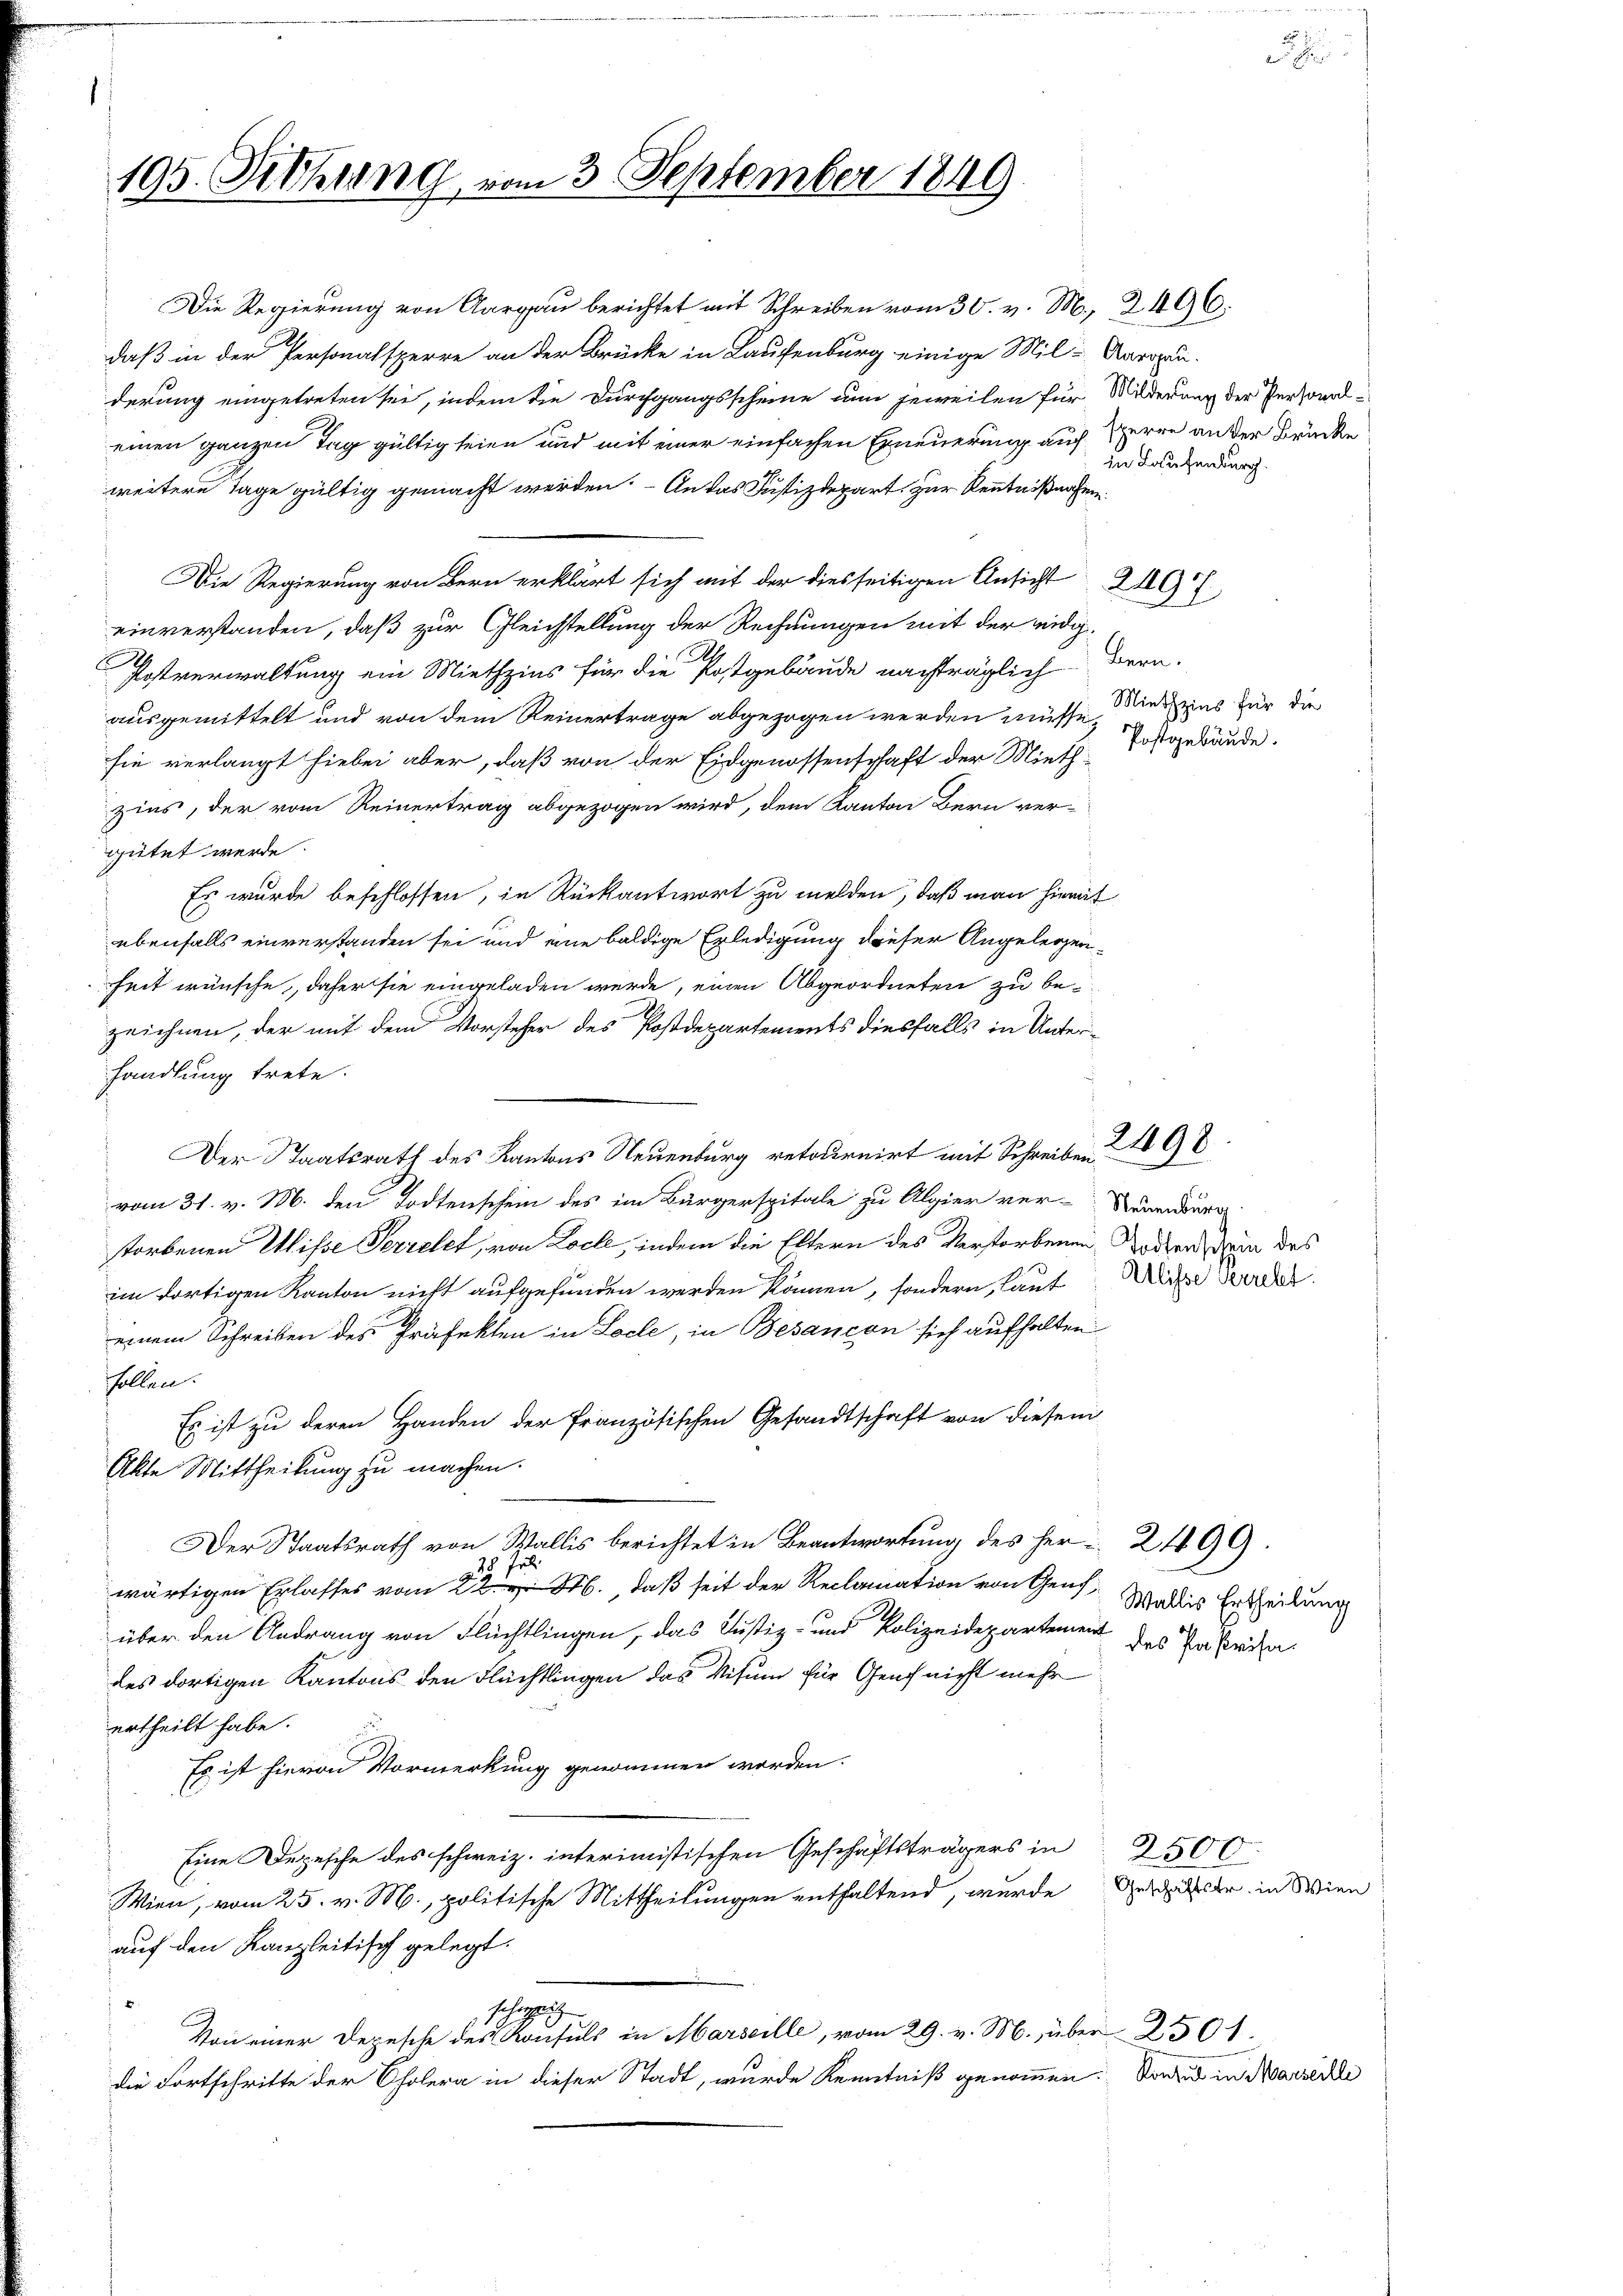
195. Sitzung vom 3. September 1849

daß in der Personalsperre an der Brücke in Laufenburg einige Mil-Aaroli-
derung eingetreten sei, indem die Durchgangsscheine nun jeweilen für Milderung der Personaleinen ganzen Tag gültig seien und mit einer einfachen Erneuerung auf Herre an der Brücke
weitere Tage gültig gemacht werden. - An das Justizdepart, zur Kenntnißnahen
Die Regierung von Bern erklärt sich mit der diesseitigen Ansicht 219 f.
einverstanden, daß zur Gleichstellung der Rechnungen mit der eidgg¬
.
Postverwaltung ein Miethzins für die Postgebäude nachträglich Bern.
ausgemittelt und von dem Reinertrage abgezogen werden müsse, diesens für die
sie verlangt hiebei aber, daß von der Eidgenossenschaft der Mieth-Postgebäude.
zins, der vom Reinertrag abgezogen wird, dem Kanton Bern ver-
gütet werde.
Es wurde beschlossen, in Rückantwort zu melden, daß man hiemit
ebenfalls einverstanden sei und eine baldige Erledigung dieser Angelegenheit wünsche, daher sie eingeladen werde, einen Abgeordneten zu bezeichnen, der mit dem Vorsteher des Postdepartements diesfalls in Unterhandlung trete.
Der Staatsrath des Kantons Neuenburg retournirt mit Schreiben,
vom 31. v. M. den Todtenschein des im Bürgerspitale zu Algier ver-Neuenburg
storbenen Wisse Perrelet, von Loche, indem die Eltern des Verstorbenen Todten den des
im dortigen Kanton nicht aufgefunden werden können, sondern, laut Miche Bev
einem Schreiben des Präfekten in Locle, in Besançon sich aufhalten
sollen.
Es ist zu deren Handen der französischen Gesandtschaft von diesem
Akte Mittheilung zu machen.
Der Staatsrath von Wallis berichtet in Beantwortung des Her 2499.
28 Jul
wärtigen Erlasses vom 22. M. daß seit der Reclamation von Genf, Wallis Ertheilung
über den Andrang von Flüchtlingen, das Justiz- und Polizeidepartement des Pastria.
des dortigen Kantons den Flüchtlingen das Visum für Genf nicht mehr
ertheilt habe.
Es ist hievon Vormerkung genommen werden.
Eine Depesche des schweiz. interimistischen Geschäftsträgers in 3500.
Wien, vom 25. v. M., politische Mittheilungen enthaltend, wurde Auszufer in Wien
auf den Kanzleitisch gelegt.
schei
Von einer Depesche des Konsuls in Marseille, vom 29. v. M., über 2501.
die Fortschritte der Cholera in dieser Stadt, wurde Kenntniß genommen. So in Marsede

Die Regierung von Aargau berichtet mit Schreiben vom 30. v. M., 2496.

in Laufenburg.

2498.